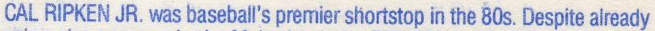
CAL RIPKEN JR.was baseball's premier shortstop in the 80s.Despite already